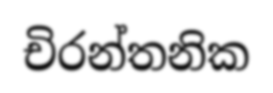
චිරන්තනික